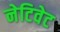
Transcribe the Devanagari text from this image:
नेटिवेट